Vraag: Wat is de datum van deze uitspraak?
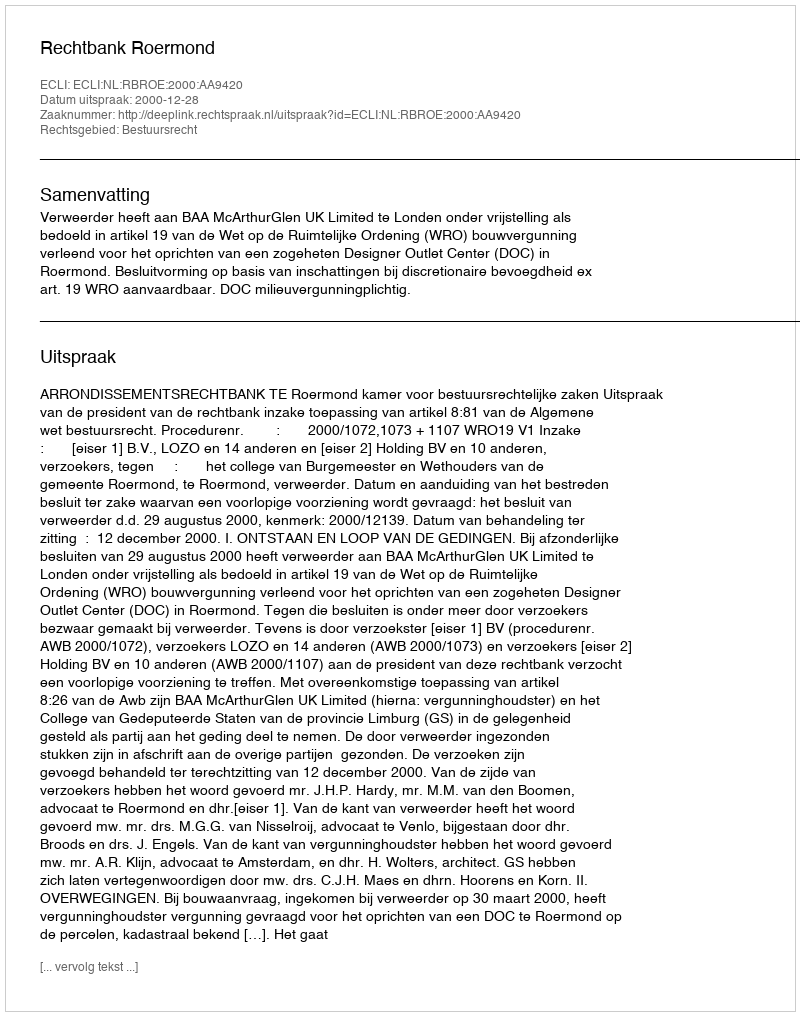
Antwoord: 2000-12-28